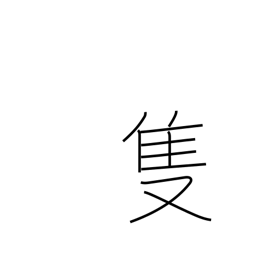
Meaning: one of a pair